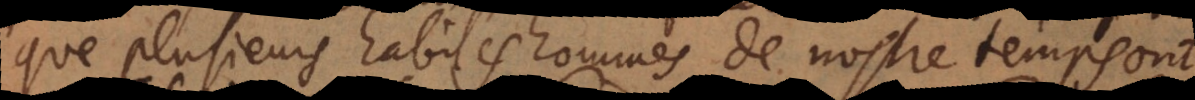
que plusieurs habiles hommes de nostre temps ont